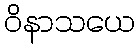
ဝိနာသယေ